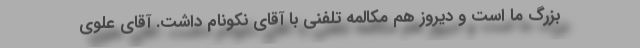
بزرگ ما است و دیروز هم مکالمه تلفنی با آقای نکونام داشت. آقای علوی